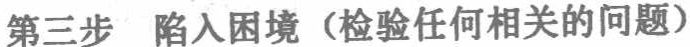
第三步 陷入困境（检验任何相关的问题）